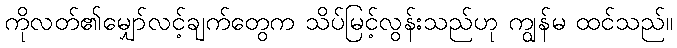
ကိုလတ်၏မျှော်လင့်ချက်တွေက သိပ်မြင့်လွန်းသည်ဟု ကျွန်မ ထင်သည်။